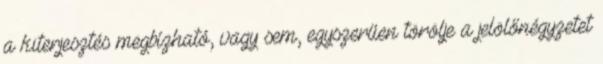
a kiterjesztés megbízható, vagy sem, egyszerűen törölje a jelölőnégyzetet